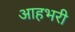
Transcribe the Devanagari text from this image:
आहभरी